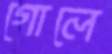
গোলে